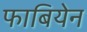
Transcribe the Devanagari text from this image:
फाबियेन